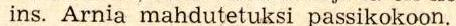
ins. Arnia mahdutetuksi passikokoon.